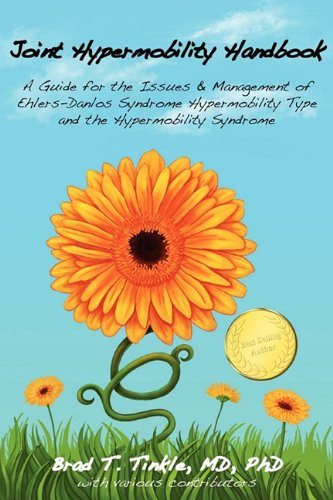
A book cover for Joint Hypermobility Handbook-  A Guide for the Issues & Management of Ehlers-Danlos Syndrome Hypermobility Type  and the Hypermobility Syndrome; Brad T Tinkle; Medical Books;